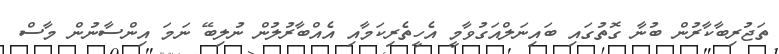
ތަޖުރިބާކާރުން ބުނާ ގޮތުގައި ބައިނަލްއަގުވާމީ އެހީތެރިކަމާއި އެއްބާރުލުން ނުލިބޭ ނަމަ އިންސާނުން މާސް